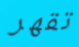
تقهر